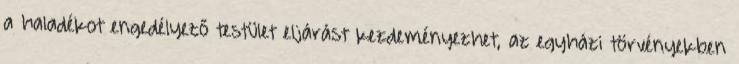
a haladékot engedélyező testület eljárást kezdeményezhet, az egyházi törvényekben